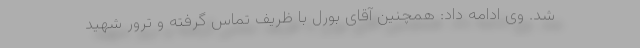
شد. وی ادامه داد: همچنین آقای بورل با ظریف تماس گرفته و ترور شهید